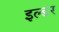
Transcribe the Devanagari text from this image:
इल्डर